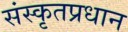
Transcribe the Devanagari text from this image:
संस्कृतप्रधान